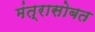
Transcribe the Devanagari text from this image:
मंत्रासोबत